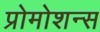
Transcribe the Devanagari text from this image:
प्रोमोशन्स